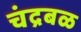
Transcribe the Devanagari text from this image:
चंद्रबळ